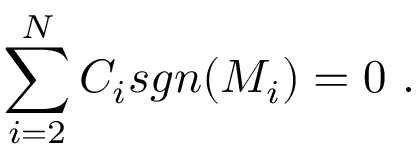
\sum _ { i = 2 } ^ { N } C _ { i } s g n ( M _ { i } ) = 0 \ .